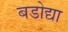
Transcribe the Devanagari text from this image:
बडोद्या